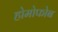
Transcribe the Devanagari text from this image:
होमोफोब